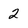
Character: 2